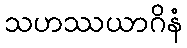
သဟဿယာဂိနံ